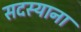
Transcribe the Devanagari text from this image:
सदस्याना